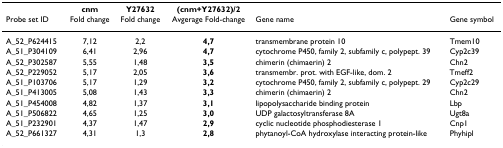
<table><thead><tr><td></td><td><b>cnm</b></td><td><b>Y27632</b></td><td><b>(cnm+Y27632)/2</b></td><td></td><td></td></tr><tr><td><b>Probe set ID</b></td><td><b>Fold change</b></td><td><b>Fold change</b></td><td><b>Avgerage Fold-change</b></td><td><b>Gene name</b></td><td><b>Gene symbol</b></td></tr></thead><tbody><tr><td>A_52_P624415</td><td>7,12</td><td>2,2</td><td><b>4,7</b></td><td>transmembrane protein 10</td><td>Tmem10</td></tr><tr><td>A_51_P304109</td><td>6,41</td><td>2,96</td><td><b>4,7</b></td><td>cytochrome P450, family 2, subfamily c, polypept. 39</td><td>Cyp2c39</td></tr><tr><td>A_52_P302587</td><td>5,55</td><td>1,48</td><td><b>3,5</b></td><td>chimerin (chimaerin) 2</td><td>Chn2</td></tr><tr><td>A_52_P229052</td><td>5,17</td><td>2,05</td><td><b>3,6</b></td><td>transmembr. prot. with EGF-like, dom. 2</td><td>Tmeff2</td></tr><tr><td>A_51_P103706</td><td>5,17</td><td>1,29</td><td><b>3,2</b></td><td>cytochrome P450, family 2, subfamily c, polypept. 29</td><td>Cyp2c29</td></tr><tr><td>A_51_P413005</td><td>5,08</td><td>1,43</td><td><b>3,3</b></td><td>chimerin (chimaerin) 2</td><td>Chn2</td></tr><tr><td>A_51_P454008</td><td>4,82</td><td>1,37</td><td><b>3,1</b></td><td>lipopolysaccharide binding protein</td><td>Lbp</td></tr><tr><td>A_51_P506822</td><td>4,65</td><td>1,25</td><td><b>3,0</b></td><td>UDP galactosyltransferase 8A</td><td>Ugt8a</td></tr><tr><td>A_51_P232901</td><td>4,37</td><td>1,47</td><td><b>2,9</b></td><td>cyclic nucleotide phosphodiesterase 1</td><td>Cnp1</td></tr><tr><td>A_52_P661327</td><td>4,31</td><td>1,3</td><td><b>2,8</b></td><td>phytanoyl-CoA hydroxylase interacting protein-like</td><td>Phyhipl</td></tr></tbody></table>